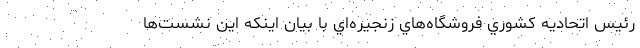
رئيس اتحاديه كشوري فروشگاه‌هاي زنجيره‌اي با بيان اينكه اين نشست‌ها